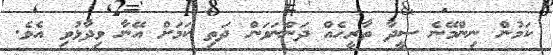
ކަމުން ނިންމޭނެ ސީދާ ތާރީހެއް ދަންނަވަން ދަތި ކަމަށް އޭނާ ވިދާޅުވި އެވެ.